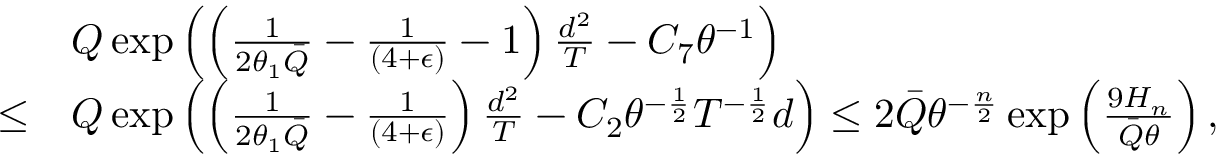
\begin{array} { r l } & { Q \exp \left( \left( \frac { 1 } { 2 \theta _ { 1 } \bar { Q } } - \frac { 1 } { ( 4 + \epsilon ) } - 1 \right) \frac { d ^ { 2 } } { T } - C _ { 7 } \theta ^ { - 1 } \right) } \\ { \le } & { Q \exp \left( \left( \frac { 1 } { 2 \theta _ { 1 } \bar { Q } } - \frac { 1 } { ( 4 + \epsilon ) } \right) \frac { d ^ { 2 } } { T } - C _ { 2 } \theta ^ { - \frac 1 2 } T ^ { - \frac 1 2 } d \right) \le 2 \bar { Q } \theta ^ { - \frac n 2 } \exp \left( \frac { 9 H _ { n } } { \bar { Q } \theta } \right) , } \end{array}